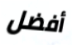
أفضل